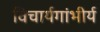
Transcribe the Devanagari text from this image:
विचार्यगांभीर्य